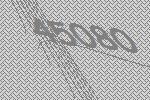
45080